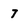
Character: 7